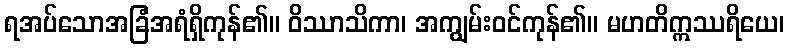
ရအပ်သောအခြံအရံရှိကုန်၏။ ဝိဿာသိကာ၊ အကျွမ်းဝင်ကုန်၏။ မဟတိဣဿရိယေ၊